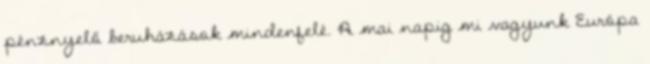
pénznyelő beruházások mindenfelé. A mai napig mi vagyunk Európa